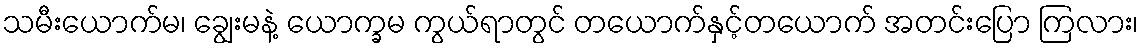
သမီးယောက်မ၊ ချွေးမနဲ့ ယောက္ခမ ကွယ်ရာတွင် တယောက်နှင့်တယောက် အတင်းပြော ကြလား၊